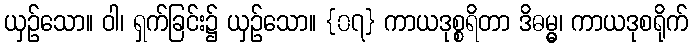
ယှဉ်သော။ ဝါ၊ ရှက်ခြင်း၌ ယှဉ်သော။ {၀၇} ကာယဒုစ္စရိတာ ဒိဓမ္မွ၊ ကာယဒုစရိုက်